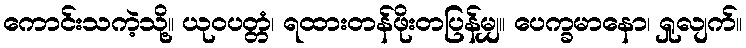
ကောင်းသကဲ့သို့။ ယုဝပတ္တံ၊ ရထားတန်ဖိုးတပြန်မျှ။ ပေက္ခမာနော၊ ရှုလျက်။